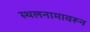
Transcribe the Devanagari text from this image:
स्थलनामावरून